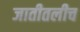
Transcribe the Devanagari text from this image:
जातीतलीच